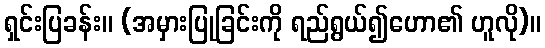
ရှင်းပြခန်း။ (အမှားပြုခြင်းကို ရည်ရွယ်၍ဟော၏ ဟူလို)။